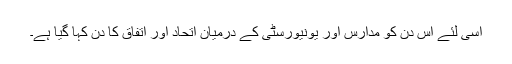
اسی لئے اس دن کو مدارس اور یونیورسٹی کے درمیان اتحاد اور اتفاق کا دن کہا گیا ہے۔